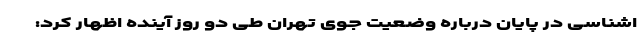
اشناسی در پایان درباره وضعیت جوی تهران طی دو روز آینده اظهار کرد: